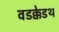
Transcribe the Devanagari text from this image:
वडक्केडथ